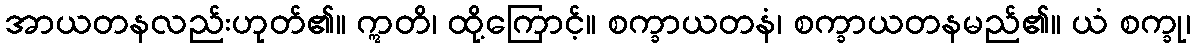
အာယတနလည်းဟုတ်၏။ ဣတိ၊ ထို့ကြောင့်။ စက္ခာယတနံ၊ စက္ခာယတနမည်၏။ ယံ စက္ခု၊